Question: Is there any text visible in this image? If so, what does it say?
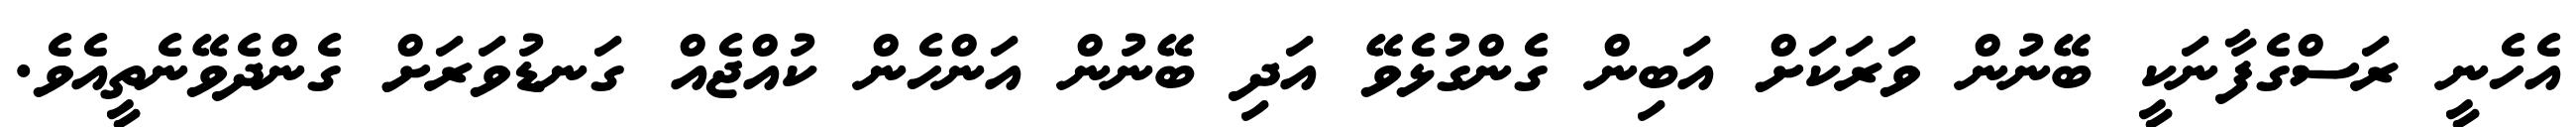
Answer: އެހެނީ ރަސްގެފާނަކީ ބޭނުން ވަރަކަށް އަބިން ގެންގުޅެވޭ އަދި ބޭނުން އަންހެން ކުއްޖެއް ގަނޑުވަރަށް ގެންދެވޭނެތީއެވެ.